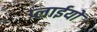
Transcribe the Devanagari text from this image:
प्लाईयों